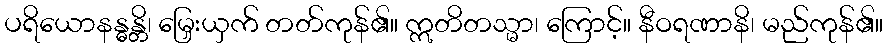
ပရိယောနန္ဓန္တိ၊ မြှေးယှက် တတ်ကုန်၏။ ဣတိတသ္မာ၊ ကြောင့်။ နီဝရဏာနိ၊ မည်ကုန်၏။